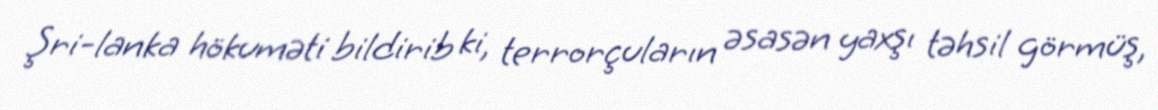
Şri-lanka hökuməti bildirib ki, terrorçuların əsasən yaxşı təhsil görmüş,